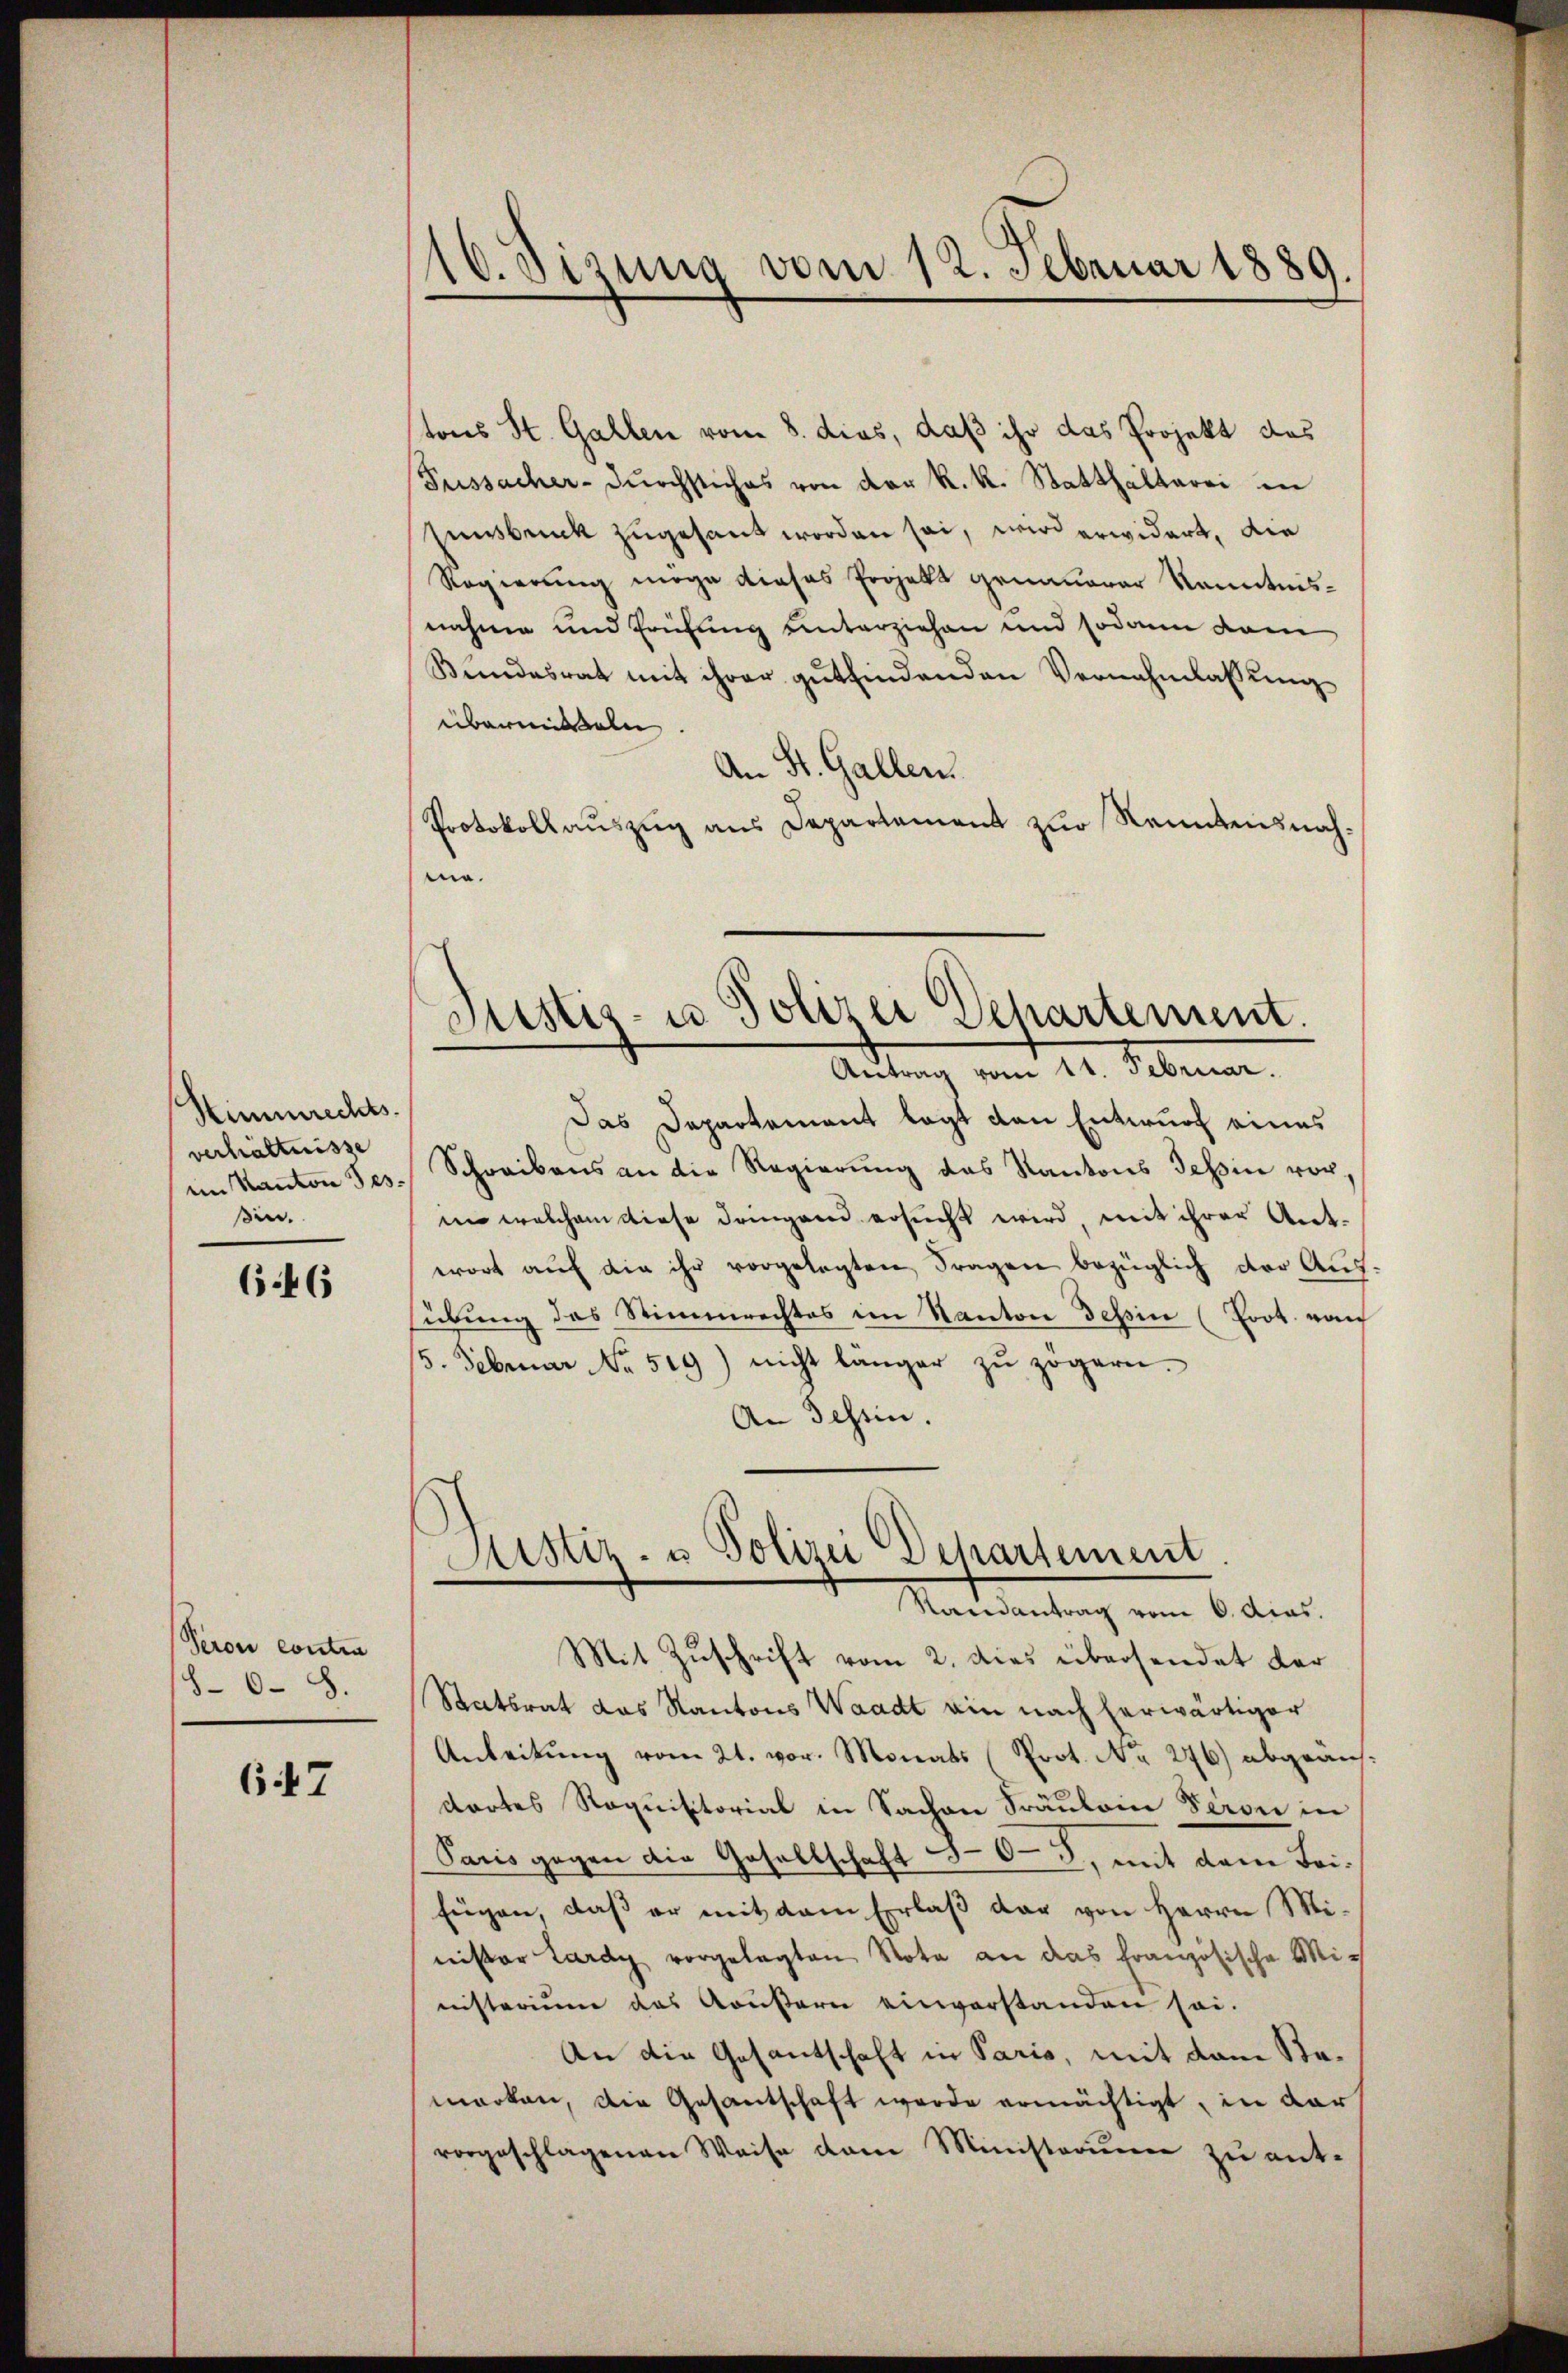
Stimmrechts.
verhältnisse
im Kanton Jes.
in.

646

Peron contra
86-8.

647

16. Sizung vom 12. Februar 1889.

tons St. Gallen vom 8. dies, daß ihr das Projekt des
Fussacher-Durchstiches von der k. k. Statthalterei in
Eunsbruck zugesant worden sei, wird erwidert, die
Regierung möge dieses Projekt genauerer Kenntnisnahme und Erüfung unterziehen und sodann dam
Bŭndesrat mit ihrer gŭtfindenden Vernahmlassŭng
übermitteln
An St. Gallen.
Protokollauszug aus Departement zur Kenntensnahme.
Justis- u Polizei Dehartement.
Antrag vom 11. Februar.
Das Departement lagt den Entwurf eines
Schreibens an die Regierŭng das Kantons Tessin vor,
in welchem diese dringer ersucht wird mit ihrer Ant-
wort auf die ihr vorgelegten Fragen bezüglich der Aus
sübung des Stimmrechtes im Kanton Tessin (Prot. vo
5. Februar No. 519) nicht länger zŭ zögern.
An Tessin.

Sistiz- u. Polizei Departement
Randantrag vom 6. dies.

Mit Zuschrift vom 2. dies übersendet der
Statsrat das Kantons Waadt ain nach herwärtiger
Anleitung vom 21. vor. Monats Prot. No 276) abgeändortes Requisitorial in Sachen Fräulone Versi in
Paris gegen die Gesellschaft 303, mit dem Beifügen, daβ er mit dem Erlaβ der von Herrn Mi-
nister Lardy vorgelegten Nota an das französische Mit
nisterium das Aeußern einverstanden sei.
An die Gesantschaft in Paris, mit dem Stamarken, die Gesantschaft werde ermächtigt, in dar
vorgeschlagenen Weise dem Ministerium zu ent-